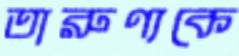
তারুণ্যকে